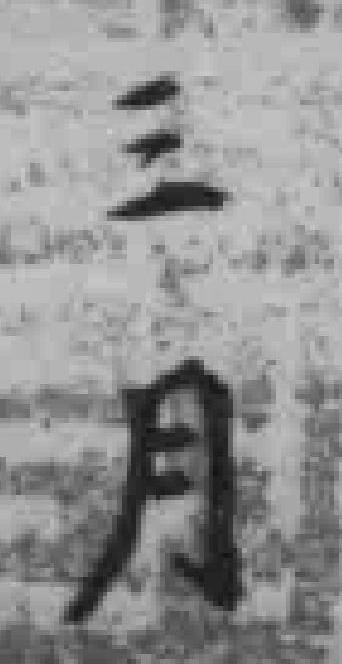
三月